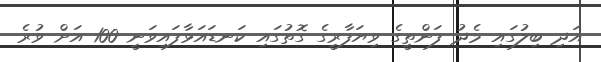
އަދި ބިލުގައި މެދު ފަންތީގެ ވިޔަފާރީގެ ގޮތުގައި ކަނޑައަޅާފައިވަނީ 100 އަށް ވުރެ